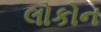
લોકોન